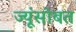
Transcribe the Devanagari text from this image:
ज्यूंसोबत